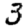
Digit: 3